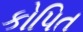
કોપિત